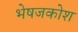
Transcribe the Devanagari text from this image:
भेषजकोश